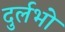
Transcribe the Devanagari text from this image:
दुर्लभो